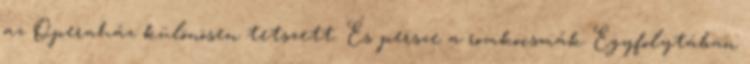
az Operaház különösen tetszett. És persze a romkocsmák Egyfolytában